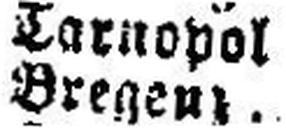
Bregenz